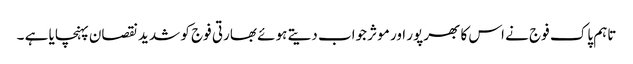
تاہم پاک فوج نے اس کا بھرپور اور موثر جواب دیتے ہوئے بھارتی فوج کو شدید نقصان پہنچایا ہے ۔